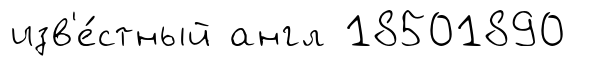
изв'е́стный англ 18501890